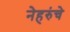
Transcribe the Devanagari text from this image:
नेहरुंचे